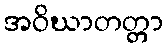
အဝိဃာတတ္တာ